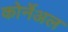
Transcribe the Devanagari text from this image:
कोर्नेअल